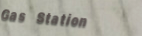
Gas Station